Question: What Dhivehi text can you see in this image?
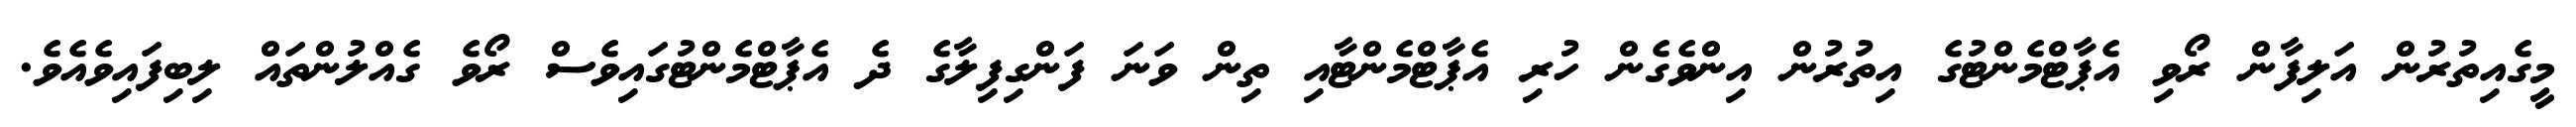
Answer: މީގެއިތުރުން އަލިފާން ރޯވި އެޕާޓްމެންޓުގެ އިތުރުން އިންވެގެން ހުރި އެޕާޓްމެންޓާއި ތިން ވަނަ ފަންގިފިލާގެ ދެ އެޕާޓްމެންޓުގައިވެސް ރޯވެ ގެއްލުންތައް ލިބިފައިވެއެވެ.